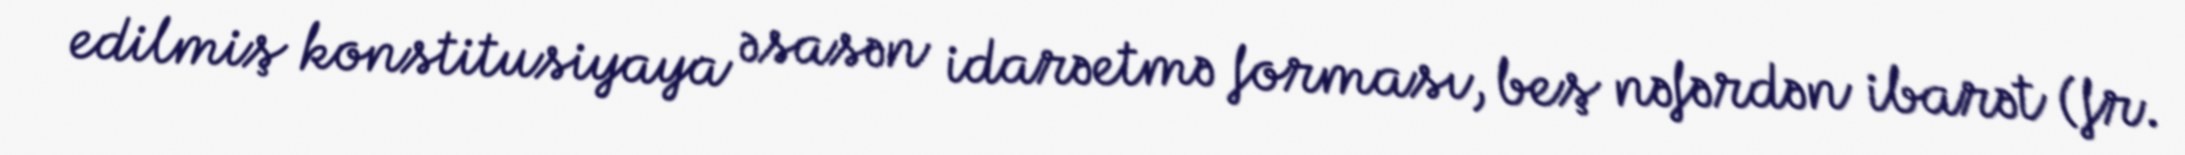
edilmiş konstitusiyaya əsasən idarəetmə forması, beş nəfərdən ibarət (fr.